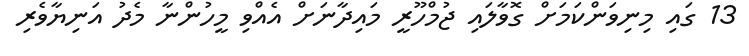
13 ގައި މިނިވަންކަމަށް ގޮވާލައި ޖުމްހޫރީ މައިދާނަށް އެއްވި މީހުންނާ މެދު އަނިޔާވެރި